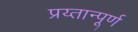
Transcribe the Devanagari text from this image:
प्रय्तान्पूर्ण